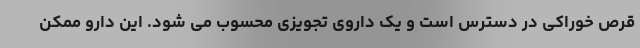
قرص خوراکی در دسترس است و یک داروی تجویزی محسوب می شود. این دارو ممکن